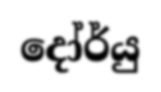
දෝර්යු